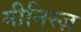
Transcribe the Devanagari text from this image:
मीनिस्ज़